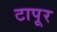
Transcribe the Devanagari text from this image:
टापूर